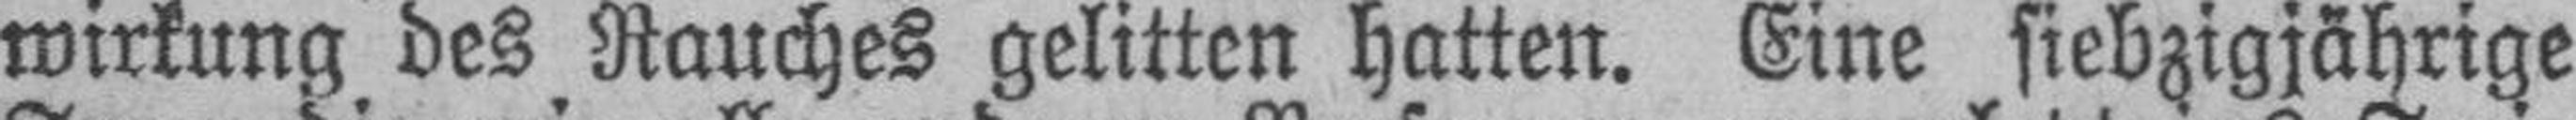
wirkung des Rauches gelitten hatten. Eine siebzigjährige